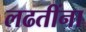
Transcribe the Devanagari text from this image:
लढतींना